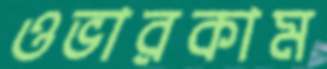
ওভারকাম